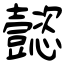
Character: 懿